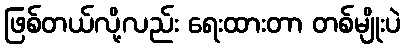
ဖြစ်တယ်လို့လည်း ရေးထားတာ တစ်မျိုးပဲ